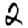
Digit: 2